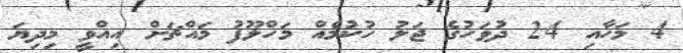
4 މަހާއި 24 ދުވަހުގެ ޖަލު ހުކުމެއް މަހްލޫފު މައްޗަށް އިއްވީ މިދިޔަ